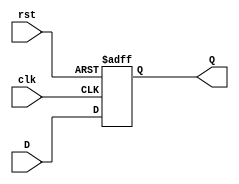
/*
Eduardo Augusto Ribeiro Duenas - 2017011086 - Turma 2
Jackson Galdino Da Silveira    - 2018010136 - Turma 1
Jean Tan Li                    - 2018000069 - Turma 1
*/

module Register(
		input rst, clk,
		input [31:0] D,
		output reg  [31:0] Q
	);
		
	always @(posedge clk or negedge rst)
		if (~rst)
			Q <= 32'b0;
		else
			Q <= D;
	
endmodule